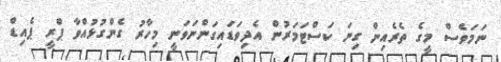
ނަމަވެސް މީގެ ތެރެއިން ގިނަ ކަސްޓަމަރުން އެދިވަޑައިގަންނަވަނީ މިހާރު ގެންގުޅުއްވާ ޕްރީ ޕެއިޑް